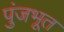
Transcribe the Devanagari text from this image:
पुंजभूत